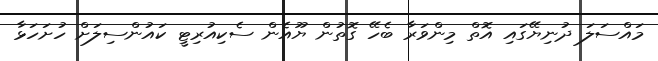
މައްސަލަ ދުނިޔޭގައި އޮތް މިންވަރާ ބެހޭ ގޮތުން ޔޫއެން ސެކިއުރިޓީ ކައުންސިލަށް ހުށަހަޅާ